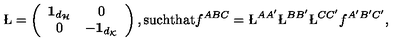
\L = \left( \begin{array} { c c } { { \bf 1 } _ { d _ { \cal H } } } & { 0 } \\ { 0 } & { - { \bf 1 } _ { d _ { \cal K } } } \\ \end{array} \right) , \mathrm { s u c h t h a t } f ^ { A B C } = \L ^ { A A ^ { \prime } } \L ^ { B B ^ { \prime } } \L ^ { C C ^ { \prime } } f ^ { A ^ { \prime } B ^ { \prime } C ^ { \prime } } ,